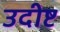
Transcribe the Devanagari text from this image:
उदीष्ट